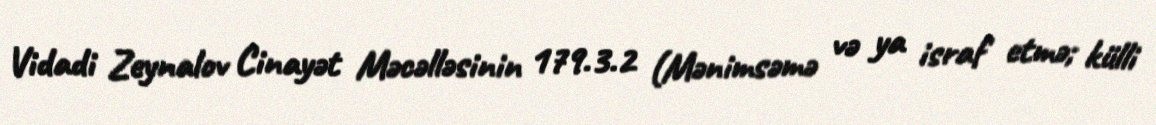
Vidadi Zeynalov Cinayət Məcəlləsinin 179.3.2 (Mənimsəmə və ya israf etmə; külli